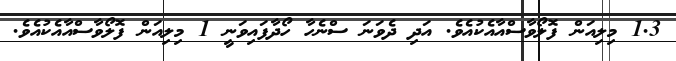
1.3 މިލިއަން ފޮލޯވާސްއާއެކުއެވެ. އަދި ދެވަނަ ސްނެހާ ހޯދާފައިވަނީ 1 މިލިއަން ފޮލޯވާސްއާއެކުއެވެ.